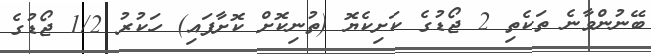
ބޭނުންވާނެ ތަކެތި 2 ޖޯޑުގެ ކަށިކެޔޮ (ތުނިކޮށް ކޮށާފައި) ހަކުރު 1/2 ޖޯޑުގެ